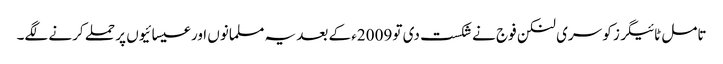
تامل ٹائیگرز کو سری لنکن فوج نے شکست دی تو 2009ء کے بعد یہ مسلمانوں اور عیسائیوں پر حملے کرنے لگے۔